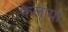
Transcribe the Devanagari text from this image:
फेलाया